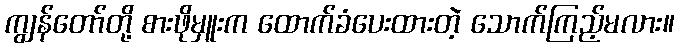
ကျွန်တော်တို့ စားဖိုမှူးက ထောက်ခံပေးထားတဲ့ သောက်ကြည့်မလား။